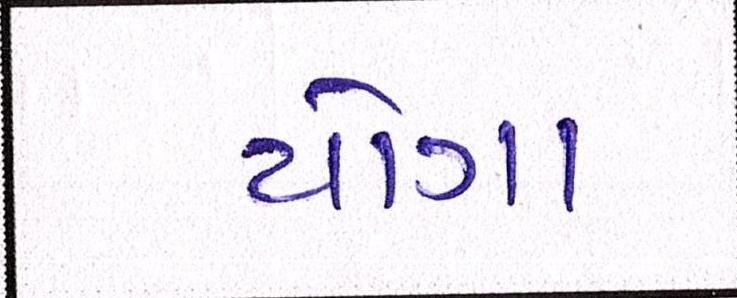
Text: યોગા